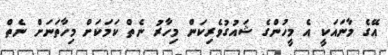
އޭގެ މާނައަކީ އެ މީހުންގެ ޝައުގުވެރިކަން މިހާރު ނެތް ކަމަކަށް މިހާތަނަށް ނެތް